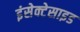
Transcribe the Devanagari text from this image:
इंसेक्टेसाइड